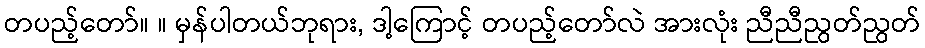
တပည့်တော်။ ။ မှန်ပါတယ်ဘုရား, ဒါ့ကြောင့် တပည့်တော်လဲ အားလုံး ညီညီညွတ်ညွတ်